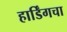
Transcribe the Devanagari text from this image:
हार्डिंगचा